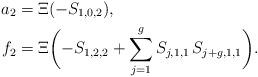
LaTeX: \begin{align*} a_2 & = \Xi (-S_{1,0,2}), \\ f_2 & = \Xi \biggl( -S_{1,2,2} + \sum_{j=1}^g S_{j,1,1} \, S_{j+g,1,1} \biggr). \end{align*}